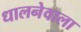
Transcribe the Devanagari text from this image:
धालनेवाला